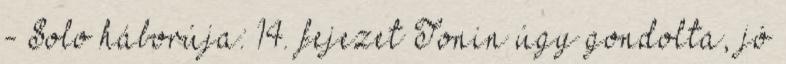
- Solo háborúja: 14. fejezet Tonin úgy gondolta, jó